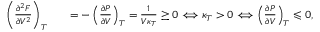
\begin{array} { r l r } { \left( \frac { \partial ^ { 2 } F } { \partial V ^ { 2 } } \right) _ { T } } & { } & { = - \left( \frac { \partial P } { \partial V } \right) _ { T } = \frac { 1 } { V \kappa _ { T } } \geq 0 \Longleftrightarrow \kappa _ { T } > 0 \Longleftrightarrow \left( \frac { \partial P } { \partial V } \right) _ { T } \leqslant 0 , } \end{array}